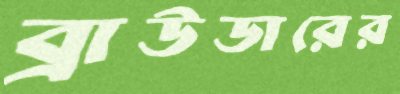
ব্রাউডারের